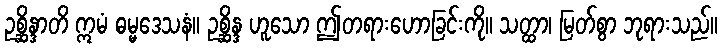
ဥစ္ဆိန္ဒာတိ ဣမံ ဓမ္မဒေသနံ။ ဥစ္ဆိန္ဒ ဟူသော ဤတရားဟောခြင်းကို။ သတ္ထာ၊ မြတ်စွာ ဘုရားသည်။